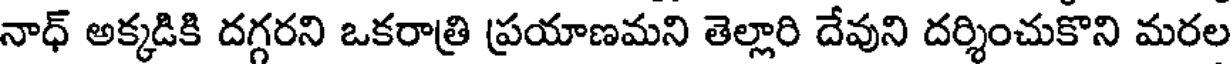
నాధ్ అక్కడికి దగ్గరని ఒకరాత్రి ప్రయాణమని తెల్లారి దేవుని దర్శించుకొని మరల